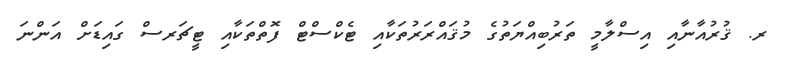
ރ. ޤުރުއާނާއި އިސްލާމީ ތަރުބިއްޔަތުގެ މުޤައްރަރުތަކާއި ޓެކްސްޓް ފޮތްތަކާއި ޓީޗަރސް ގައިޑަށް އަންނަ